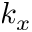
k _ { x }